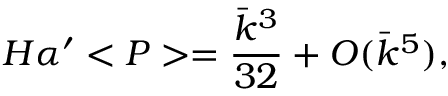
H \alpha ^ { \prime } < P > = \frac { \bar { k } ^ { 3 } } { 3 2 } + { \cal O } ( \bar { k } ^ { 5 } ) ,